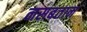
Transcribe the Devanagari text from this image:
नसबतान